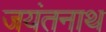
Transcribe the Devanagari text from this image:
जयंतनाथ